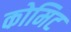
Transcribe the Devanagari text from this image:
कोमिट